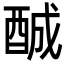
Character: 𨠽